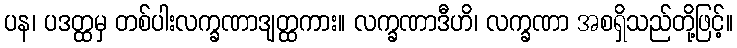
ပန၊ ပဒတ္ထမှ တစ်ပါးလက္ခဏာဒျတ္ထကား။ လက္ခဏာဒီဟိ၊ လက္ခဏာ အစရှိသည်တို့ဖြင့်။